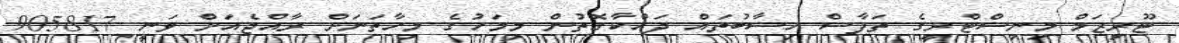
ޓޫރިޒަމް މިނިސްޓްރީގެ ތަފާސް ހިސާބުތައް ދައްކާގޮތުން މިމަހުގެ މިހާތަނަށް ރާއްޖެއަށް ވަނީ 905817